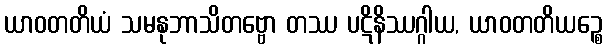
ယာဝတတိယံ သမနုဘာသိတဗ္ဗော တဿ ပဋိနိဿဂ္ဂါယ, ယာဝတတိယဉ္စေ